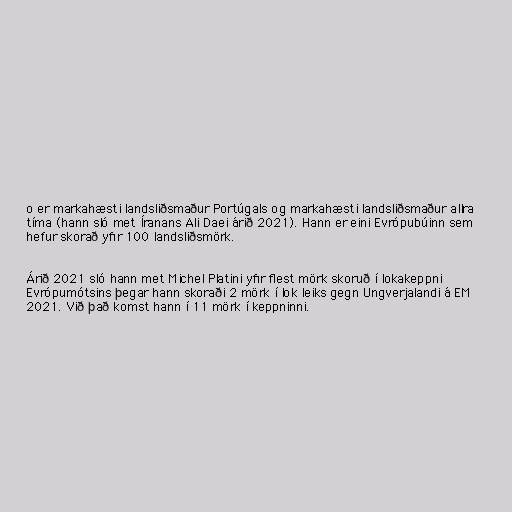
o er markahæsti landsliðsmaður Portúgals og markahæsti landsliðsmaður allra
tíma (hann sló met Íranans Ali Daei árið 2021). Hann er eini Evrópubúinn sem
hefur skorað yfir 100 landsliðsmörk.

Árið 2021 sló hann met Michel Platini yfir flest mörk skoruð í lokakeppni
Evrópumótsins þegar hann skoraði 2 mörk í lok leiks gegn Ungverjalandi á EM
2021. Við það komst hann í 11 mörk í keppninni.